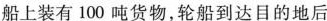
船上装有100吨货物，轮船到达目的地后